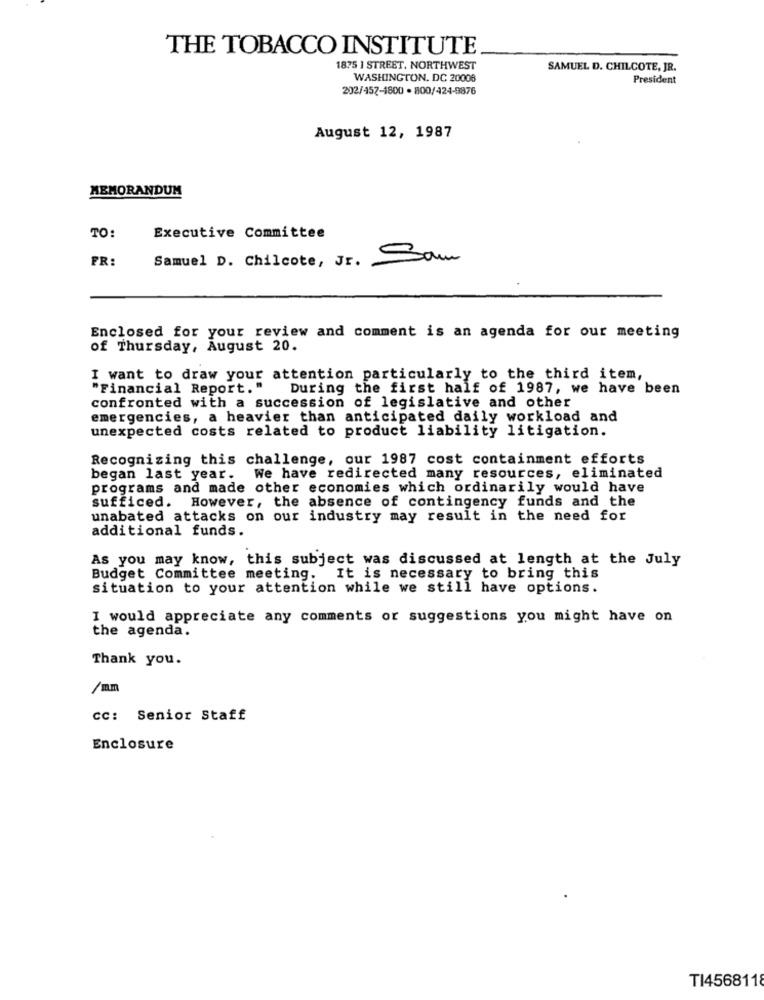
THE TOBACCO INSTITUTE
1875 I STREET, NORTHWEST
SAMUEL D. CHILCOTE, JR.
WASHINGTON, DC 20006
President
202/457-1800 · 800/424-9876
August 12, 1987
MEMORANDUM
TO:
Executive Committee
FR:
Samuel D. Chilcote, Jr. - Sam
Enclosed for your review and comment is an agenda for our meeting
of Thursday, August 20.
I want to draw your attention particularly to the third item,
"Financial Report."
During the first half of 1987, we have been
confronted with a succession of legislative and other
emergencies, a heavier than anticipated daily workload and
unexpected costs related to product liability litigation.
Recognizing this challenge, our 1987 cost containment efforts
began last year. We have redirected many resources, eliminated
programs and made other economies which ordinarily would have
sufficed. However, the absence of contingency funds and the
unabated attacks on our industry may result in the need for
additional funds.
As you may know, this subject was discussed at length at the July
Budget Committee meeting. It is necessary to bring this
situation to your attention while we still have options.
I would appreciate any comments or suggestions you might have on
the agenda.
Thank you.
/mm
CC: Senior Staff
Enclosure
TI4568118